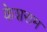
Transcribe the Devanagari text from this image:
केशराम